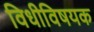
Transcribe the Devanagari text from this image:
विधीविषयक